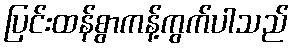
ပြင်းထန်စွာကန့်ကွက်ပါသည်